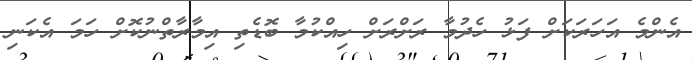
އެންމެ އަހަރަކަށް ފަޅު ހެދުމާ ރަށްރަށް ހިއްކުމާ ބޮޑެތި އިމާރާތްނުކޮށް ހަމަ އެކަނި